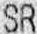
SR